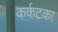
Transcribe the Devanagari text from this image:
कर्कटका